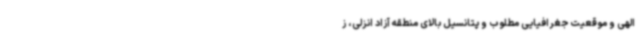
الهی و موقعیت جغرافیایی مطلوب و پتانسیل بالای منطقه آزاد انزلی، ز